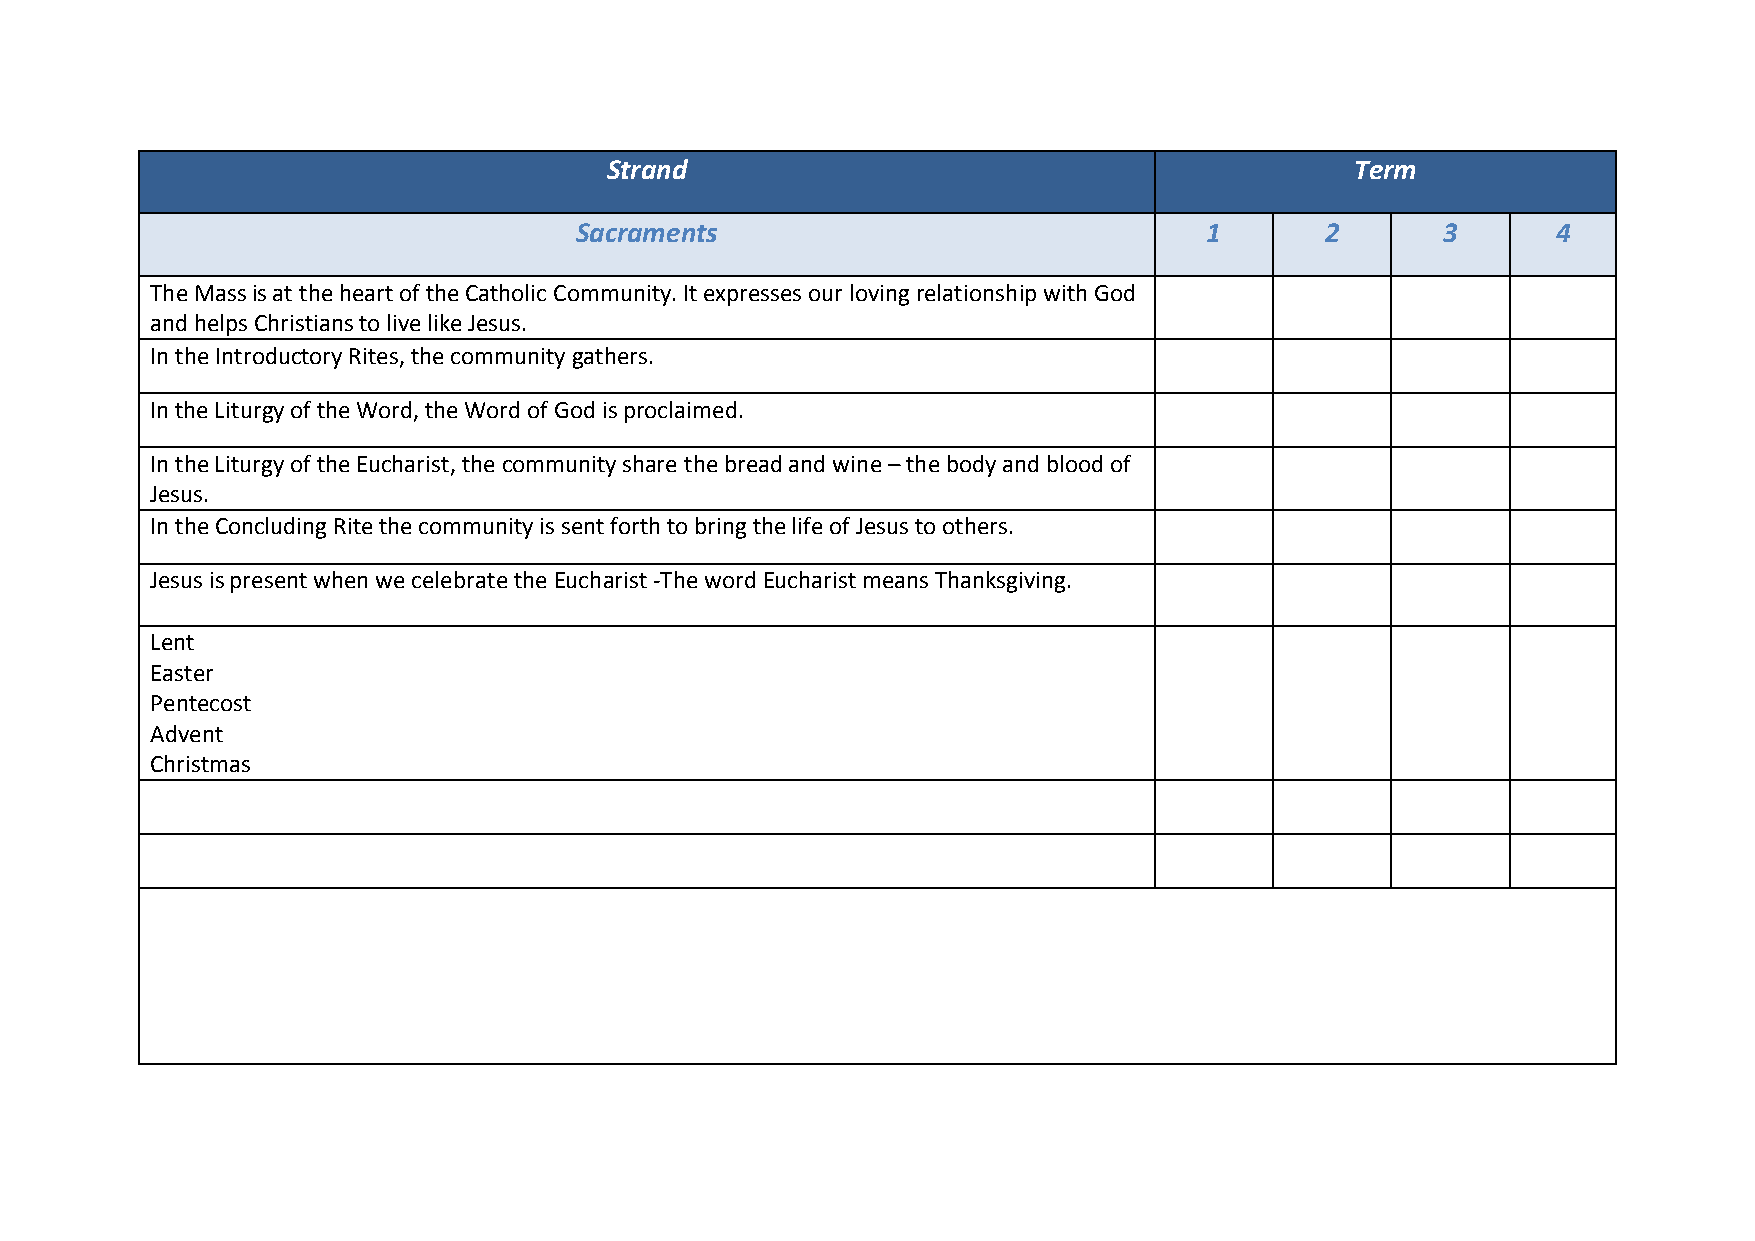
Strand                                            Term
 Sacraments                                1       2      3       4
 The Mass is at the heart of the Catholic Community. It expresses our loving relationship with God
 and helps Christians to live like Jesus.
 In the Introductory Rites, the community gathers.
 In the Liturgy of the Word, the Word of God is proclaimed.
 In the Liturgy of the Eucharist, the community share the bread and wine – the body and blood of
 Jesus.
 In the Concluding Rite the community is sent forth to bring the life of Jesus to others.
 Jesus is present when we celebrate the Eucharist -The word Eucharist means Thanksgiving.
 Lent
 Easter
 Pentecost
 Advent
 Christmas